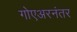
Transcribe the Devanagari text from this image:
गोएअरनंतर